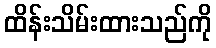
ထိန်းသိမ်းထားသည်ကို